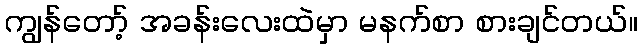
ကျွန်တော့် အခန်းလေးထဲမှာ မနက်စာ စားချင်တယ်။